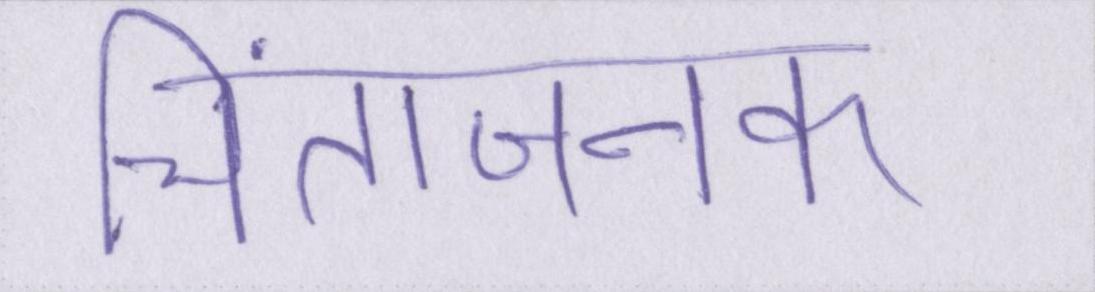
चिंताजनक